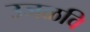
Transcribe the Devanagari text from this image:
उजळवि